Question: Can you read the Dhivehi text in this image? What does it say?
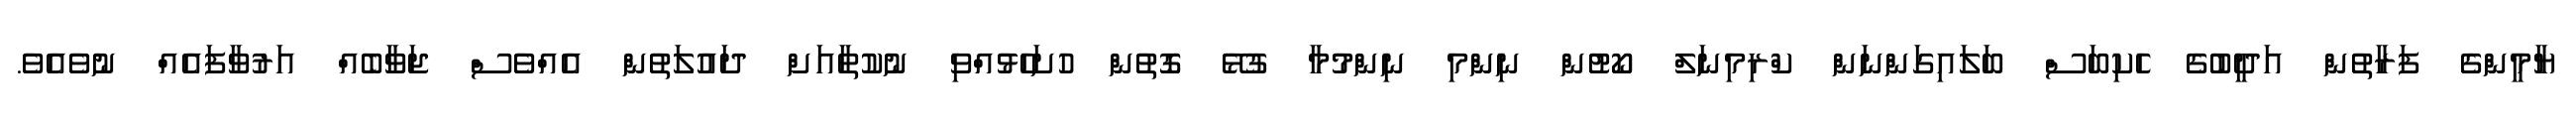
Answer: ޔާމީންގެ ފަރާތުން އަދީބުގެ ހެކިބަސް ބަލައިގަންނަން ކްރިމިނަލް ކޯޓުން ނިންމި ނިންމުމާ ގުޅޭ ގޮތުން ހުށަހެޅުއްވި ނުކުތާއަށް ދައުލަތުން އެއްވެސް ޖަވާބެއް އަރުވާފައެއް ނުވެއެވެ.